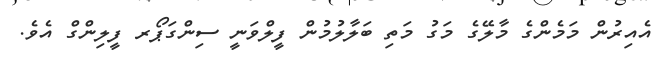
އެއިރުން މަމެންގެ މާލޭގެ މަގު މަތި ބަލާލުމުން ފީލްވަނީ ސިންގަޕޯރ ފީލިންގް އެވެ.